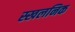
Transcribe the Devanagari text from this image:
स्खलनिक